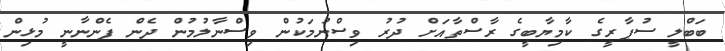
ބަބްލީ ސުޕާރީގެ ކާމިޔާބީގެ ރާސްތާއަށް ދުރު ވިސްނުމަކުން ވިސްނާލުމުން ދެން ފެންނާނީ މުޅިން